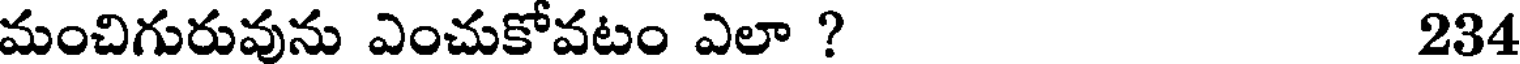
మంచిగురువును ఎంచుకోవటం ఎలా ? 234